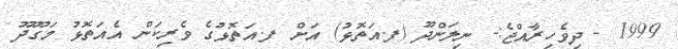
1999 - ދިވެހިރާއްޖެ:- ނިލަންދޫ (ފ.އަތޮޅު) އަށް ފ.އަތޮޅުގެ ވެރިކަން އެއަތޮޅު މަގޫދޫ